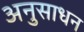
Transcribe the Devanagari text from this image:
अनुसाधन